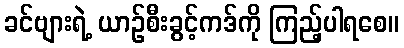
ခင်ဗျားရဲ့ ယာဉ်စီးခွင့်ကဒ်ကို ကြည့်ပါရစေ။